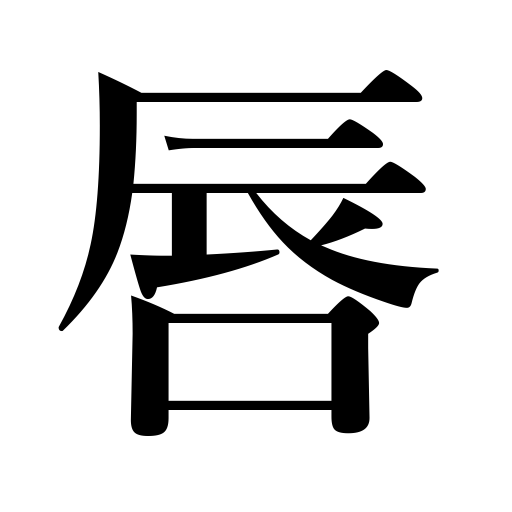
Meanings: lip